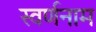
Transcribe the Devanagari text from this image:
स्वर्णनाम